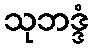
သုဘဒ္ဒံ